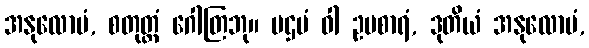
အနုလောမံ, စတုတ္ထံ ဂေါတြဘု။ ပဌမံ ဝါ ဥပစာရံ, ဒုတိယံ အနုလောမံ,